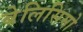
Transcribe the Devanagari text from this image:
बेलिसिमो